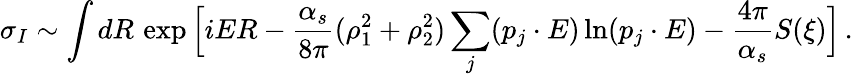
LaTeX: \sigma_{I}\sim\int dR\, \exp\Big[iER-\frac{\alpha_{s}}{8\pi}(\rho_{1}^{2}+\rho_{2}^{2})\sum_{j}(p_{j}\cdot E)\ln(p_{j}\cdot E)-\frac{4\pi}{\alpha_{s}}S(\xi)\Big]\, .